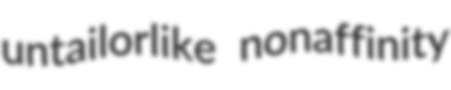
untailorlike nonaffinity